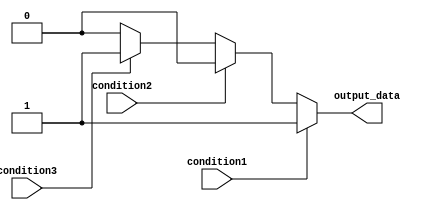
module if_else_ladder_statement(
    input wire condition1,
    input wire condition2,
    input wire condition3,
    output reg output_data
);

always @(*)
begin
    if(condition1)
        output_data <= 3'b001;
    else if(condition2)
        output_data <= 3'b010;
    else if(condition3)
        output_data <= 3'b011;
    else
        output_data <= 3'b000;
end

endmodule